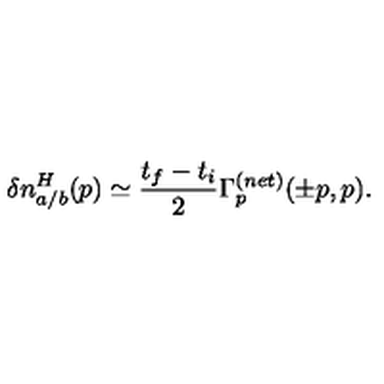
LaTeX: \delta n _ { a / b } ^ { H } ( p ) \simeq \frac { t _ { f } - t _ { i } } { 2 } \Gamma _ { p } ^ { ( n e t ) } ( \pm p , p ) .